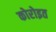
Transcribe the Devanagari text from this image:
कोरोइत